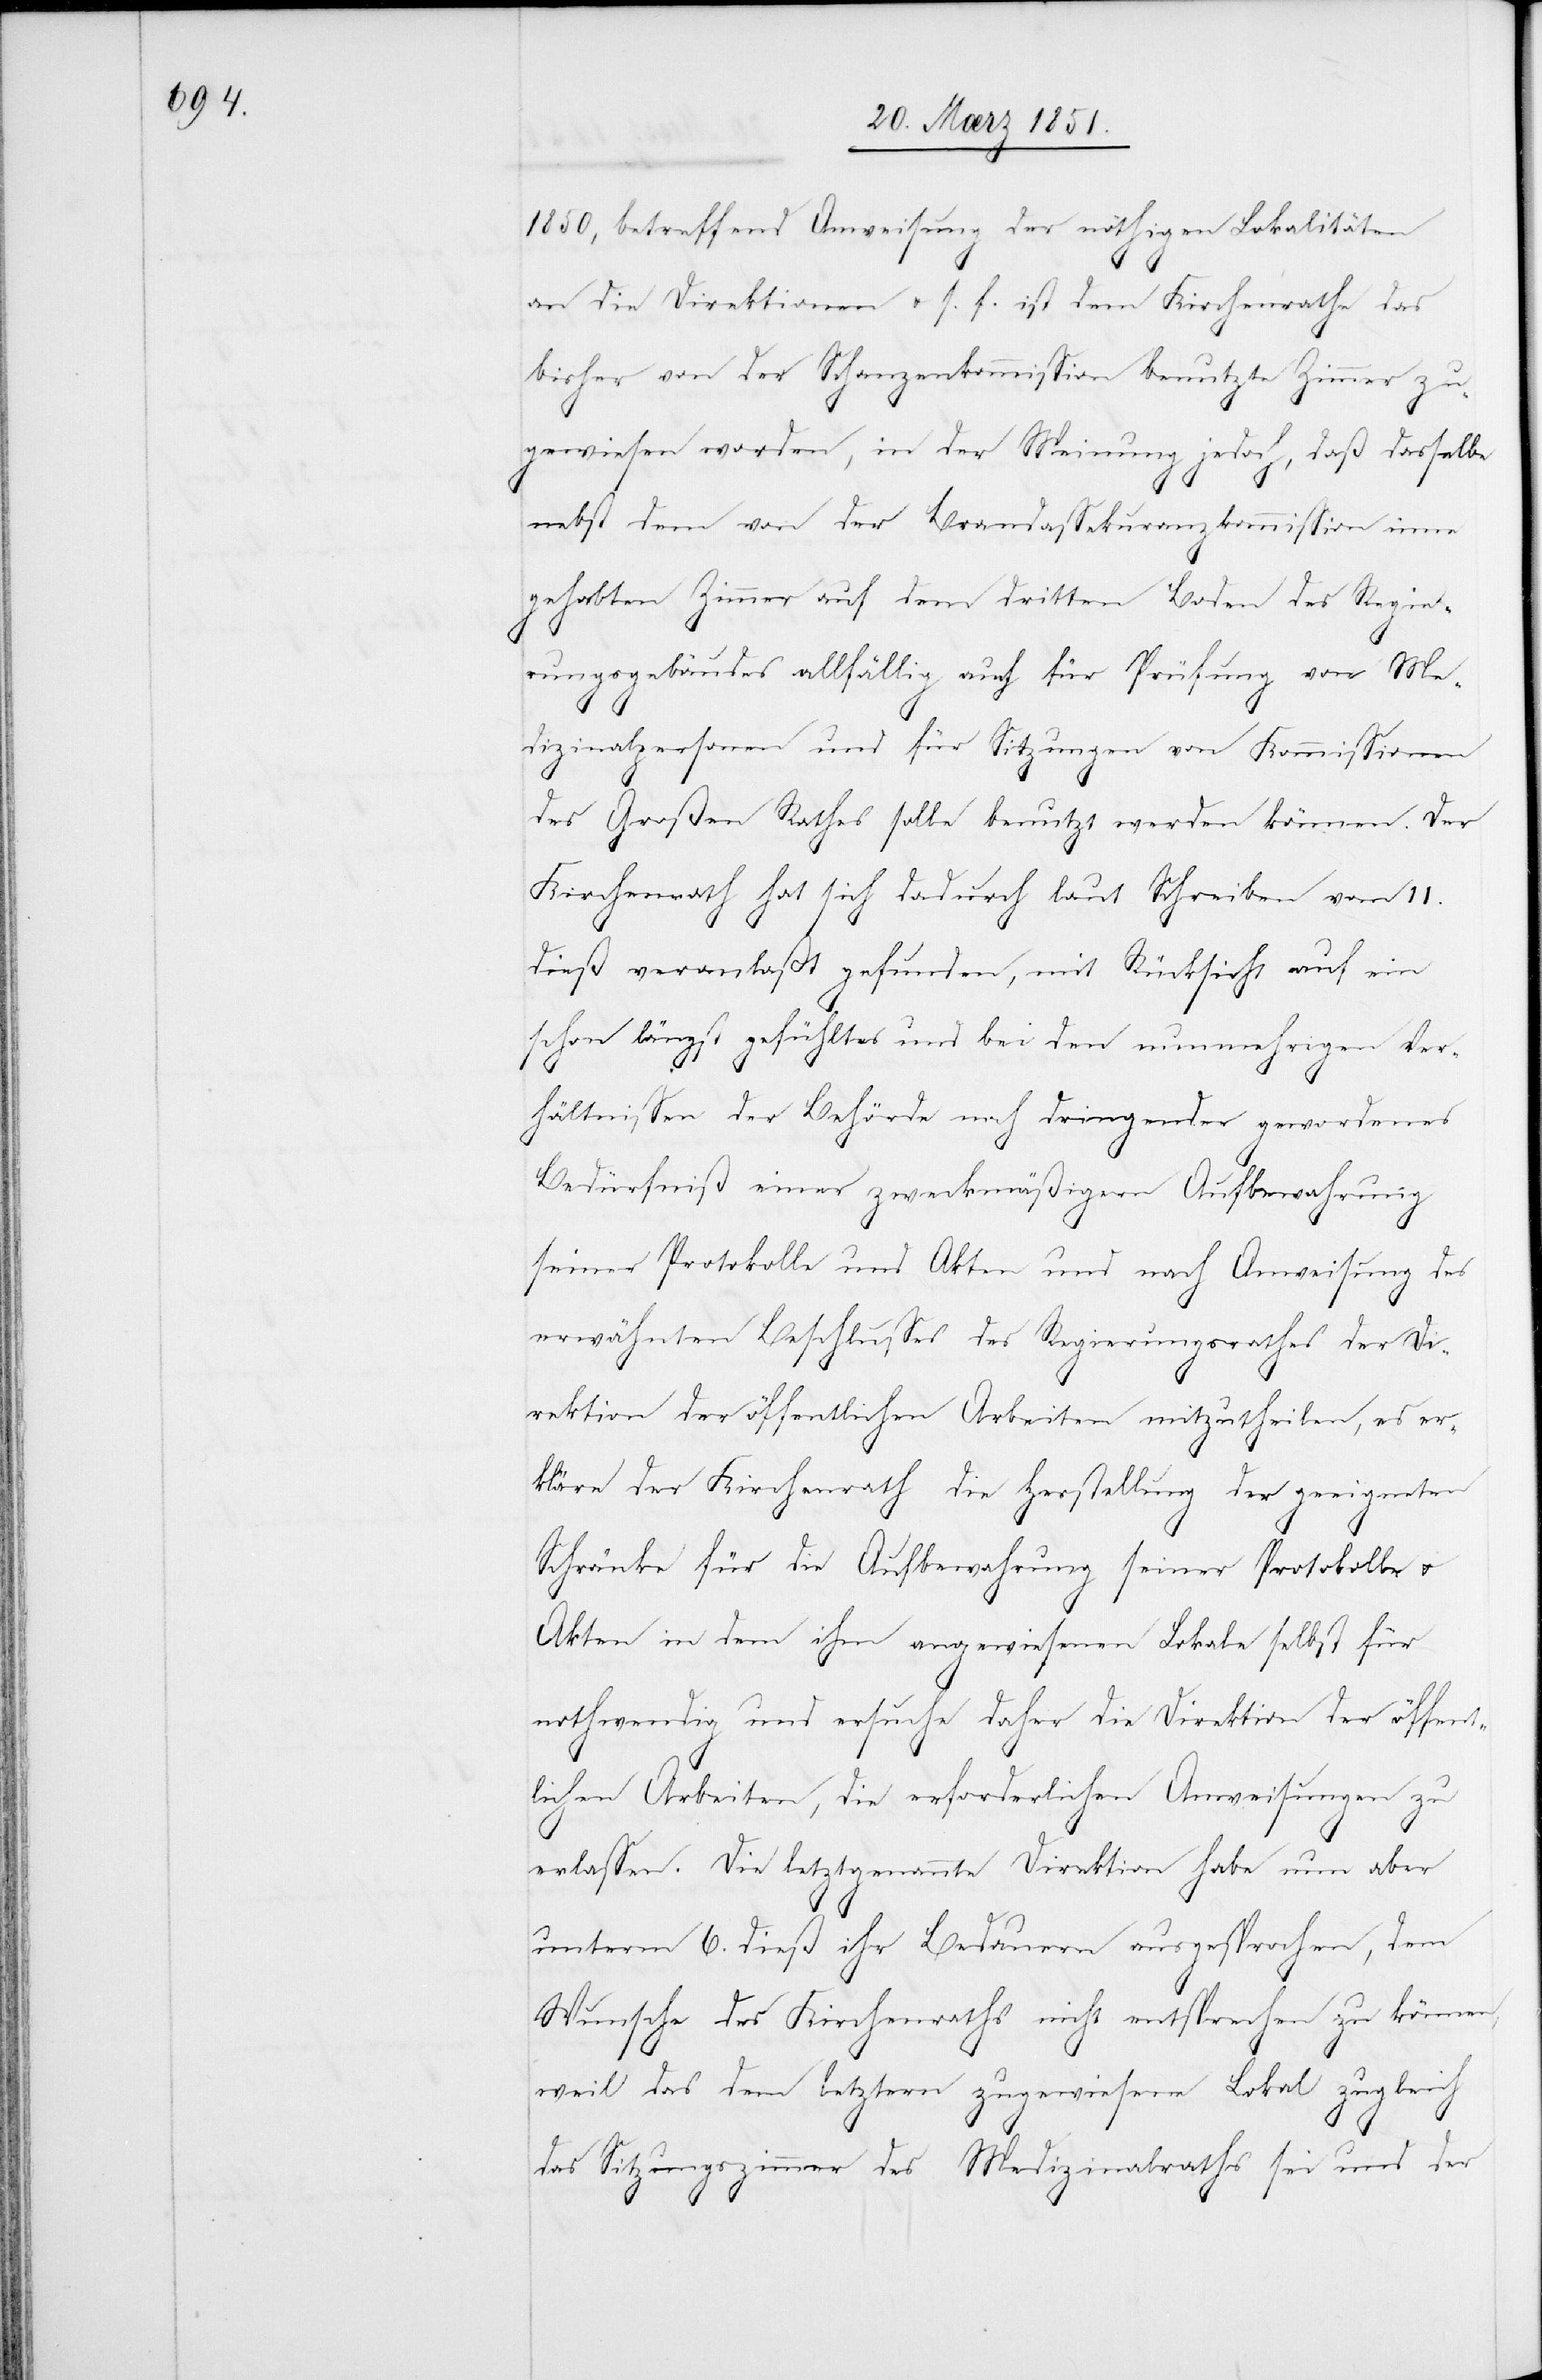
1850, betreffend Anweisung der nöthigen Lokalitäten
an die Direktionen u. s. f. ist dem Kirchenrathe das
bisher von der Schanzenkommission benutzte Zimmer zu¬
gewiesen worden, in der Meinung jedoch, daß dasselbe
nebst dem von der Brandassekuranzkommission inne
gehabten Zimmer auf dem dritten Boden des Regie¬
rungsgebäudes allfällig auch für Prüfung von Me¬
dizinalpersonen und für Sitzungen von Kommissionen
des Großen Rathes solle benutzt werden können. Der
Kirchenrath hat sich dadurch laut Schreiben vom 11.
dieß veranlaßt gefunden, mit Rücksicht auf ein
schon längst gefühltes und bei den nunmehrigen Ver¬
hältnissen der Behörde noch dringender gewordenes
Bedürfniß einer zweckmäßigern Aufbewahrung
seiner Protokolle und Akten und nach Anweisung des
erwähnten Beschlusses des Regierungsrathes der Di¬
rektion der öffentlichen Arbeiten mitzutheilen, es er¬
kläre der Kirchenrath die Herstellung der geeigneten
Schränke für die Aufbewahrung seiner Protokolle u.
Akten in dem ihm angewiesenen Lokale selbst für
nothwendig und ersuche daher die Direktion der öffent¬
lichen Arbeiten, die erforderlichen Anweisungen zu
erlassen. Die letztgenannte Direktion habe nun aber
unterm 6. dieß ihr Bedauern ausgesprochen, dem
Wunsche des Kirchenraths nicht entsprechen zu können,
weil das dem letztern zugewiesene Lokal zugleich
das Sitzungszimmer des Medizinalraths sei und der